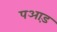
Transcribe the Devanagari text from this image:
पआड़